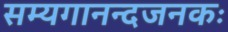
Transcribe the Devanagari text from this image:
सम्यगानन्दजनकः